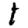
Digit: 1